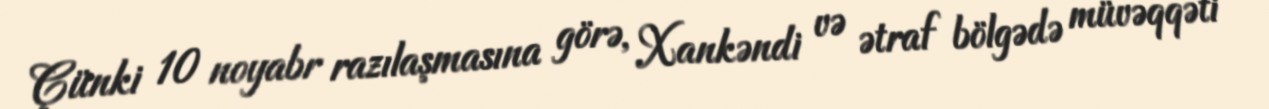
Çünki 10 noyabr razılaşmasına görə, Xankəndi və ətraf bölgədə müvəqqəti